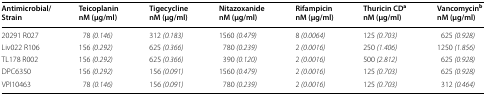
| Antimicrobial/Strain | Teicoplanin nM (μg/ml) | Tigecycline nM (μg/ml) | Nitazoxanide nM (μg/ml) | Rifampicin nM (μg/ml) | Thuricin CDa nM (μg/ml) | Vancomycinb nM (μg/ml) |
 | --- | --- | --- | --- | --- | --- | --- |
 | 20291 R027 | 78 (0.146) | 312 (0.183) | 1560 (0.479) | 8 (0.0064) | 125 (0.703) | 625 (0.928) |
 | Liv022 R106 | 156 (0.292) | 625 (0.366) | 780 (0.239) | 2 (0.0016) | 250 (1.406) | 1250 (1.856) |
 | TL178 R002 | 156 (0.292) | 625 (0.366) | 390 (0.120) | 2 (0.0016) | 500 (2.812) | 625 (0.928) |
 | DPC6350 | 156 (0.292) | 156 (0.091) | 1560 (0.479) | 2 (0.0016) | 125 (0.703) | 625 (0.928) |
 | VPI10463 | 78 (0.146) | 156 (0.091) | 780 (0.239) | 2 (0.0016) | 125 (0.703) | 312 (0.464) |